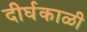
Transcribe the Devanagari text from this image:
दीर्घकाळी